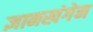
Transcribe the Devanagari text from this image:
ज्ञानखंगेन